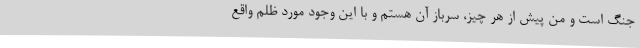
جنگ است و من پیش از هر چیز، سرباز آن هستم و با این وجود مورد ظلم واقع